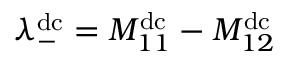
\lambda _ { - } ^ { \mathrm { d c } } = { M _ { 1 1 } ^ { \mathrm { d c } } - M _ { 1 2 } ^ { \mathrm { d c } } }